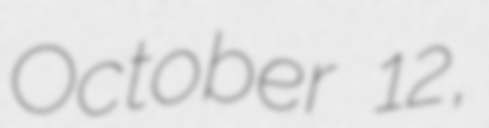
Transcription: October 12,